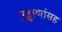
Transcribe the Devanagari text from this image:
उड्डाणांसह